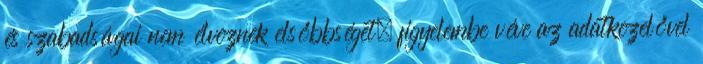
és szabadságai nem élveznek elsőbbséget, figyelembe véve az adatkezelővel